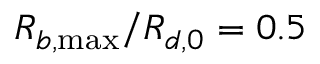
R _ { b , \operatorname* { m a x } } / R _ { d , 0 } = 0 . 5